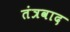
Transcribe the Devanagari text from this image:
तंत्रवाद